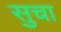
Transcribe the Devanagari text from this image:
सुचा